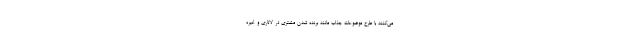
می‌کنند با طرح موضوعات جذاب مانند برنده شدن مشتری در لاتاری و غیره